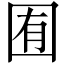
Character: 囿